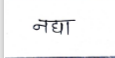
मजकूर: नद्या